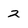
Character: 2